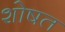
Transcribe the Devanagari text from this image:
शोषत